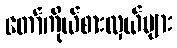
တော်ကိုယ်စားလှယ်များ